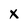
Character: x